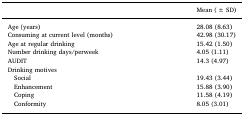
<table><thead><tr><td></td><td><b>Mean (± SD)</b></td></tr></thead><tbody><tr><td>Age (years)</td><td>28.08 (8.63)</td></tr><tr><td>Consuming at current level (months)</td><td>42.98 (30.17)</td></tr><tr><td>Age at regular drinking</td><td>15.42 (1.50)</td></tr><tr><td>Number drinking days/perweek</td><td>4.05 (1.11)</td></tr><tr><td>AUDIT</td><td>14.3 (4.97)</td></tr><tr><td>Drinking motives</td><td></td></tr><tr><td> Social</td><td>19.43 (3.44)</td></tr><tr><td> Enhancement</td><td>15.88 (3.90)</td></tr><tr><td> Coping</td><td>11.58 (4.19)</td></tr><tr><td> Conformity</td><td>8.05 (3.01)</td></tr></tbody></table>